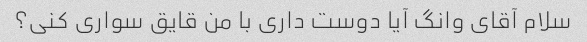
سلام آقای وانگ آیا دوست داری با من قایق سواری کنی؟